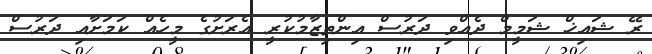
ރޭ ޝައިޚް ޝަމީމް ދެއްވި ދަރުސް އިންތިޒާމުކުރީ އެރަށުގެ މީހެއް ކަމަށާއި ދަރުސް